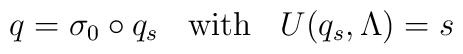
q=\sigma_0\circ q_s \;\;\mbox{ with }\;\; U(q_s,\Lambda)=s